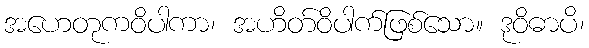
အဟေတုကဝိပါကာ၊ အဟိတ်ဝိပါက်ဖြစ်သော။ ဒုဝိဓာပိ၊